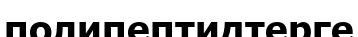
полипептидтерге